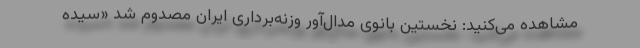
مشاهده می‌کنید: نخستین بانوی مدال‌آور وزنه‌برداری ایران مصدوم شد «سیده